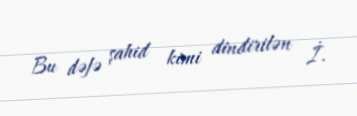
Bu dəfə şahid kimi dindirilən İ.